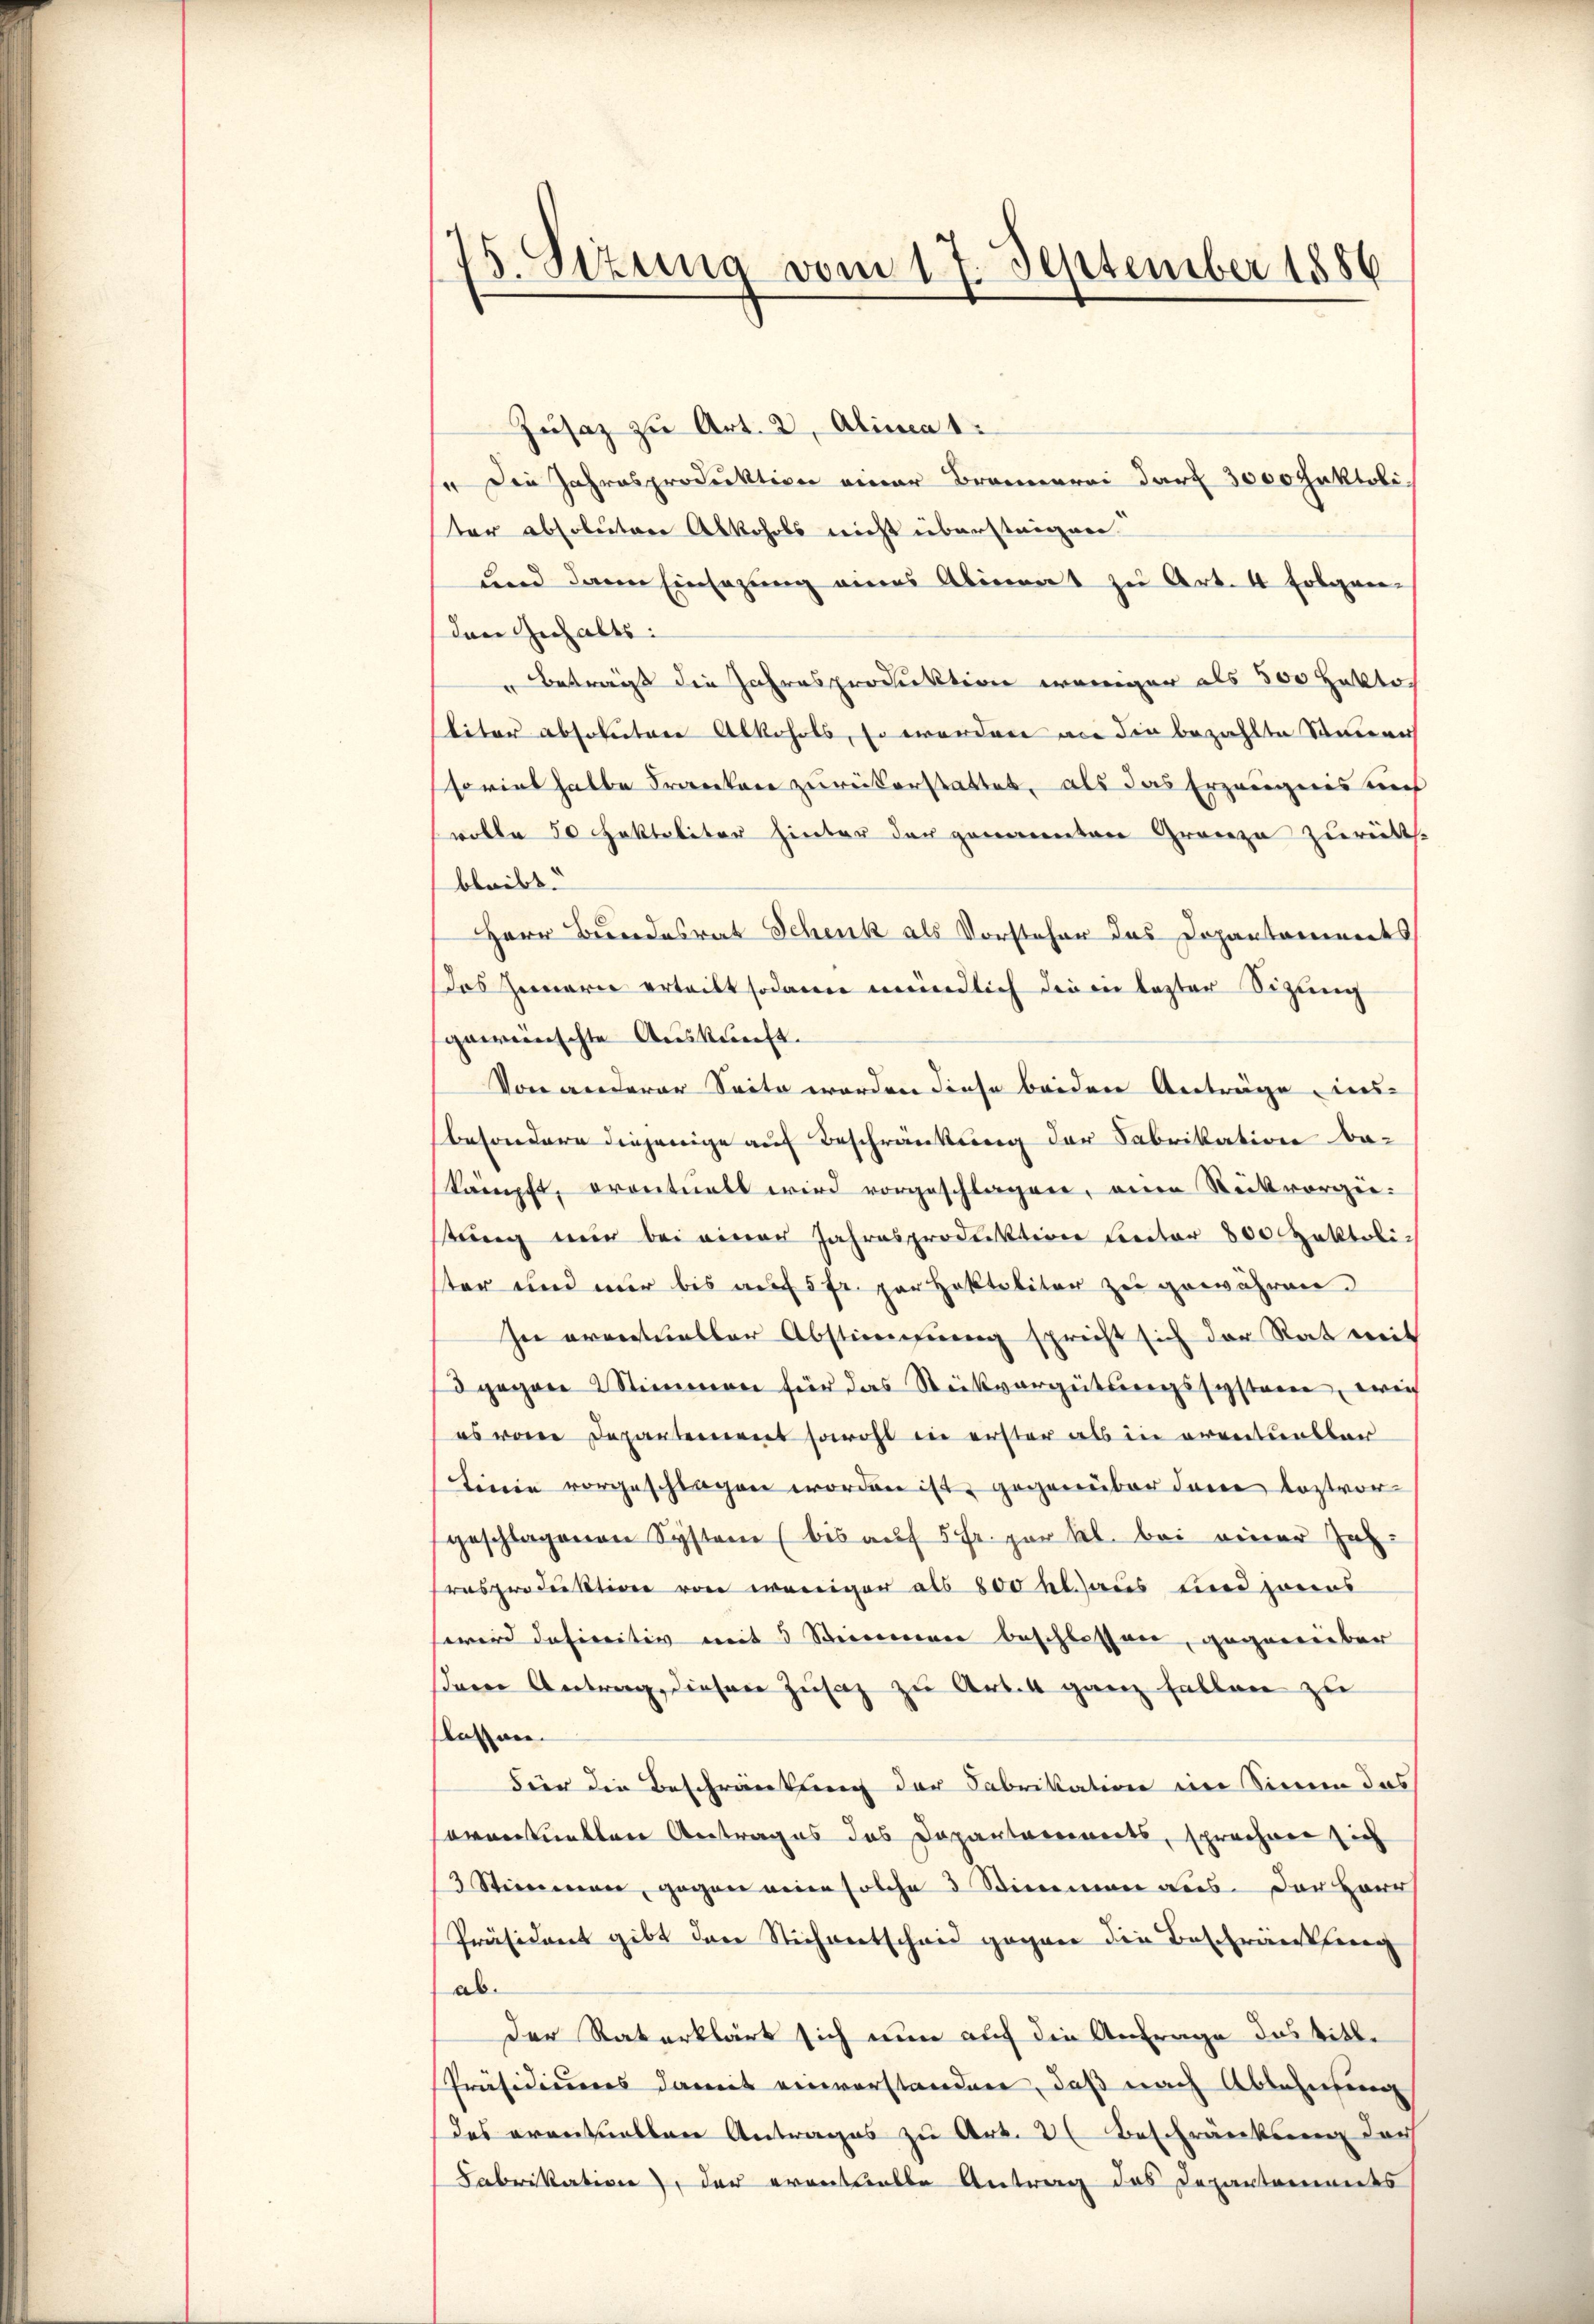
75. Sizung vom 17. September 1886

Zusatz zu Art. 2, Alinea 1.
 Die Jahresproduktion einer Brannerei darf 3000 faktoli
ter absolutere Abkohols nicht überstrigen
und dann Einsezung eines Aliment zu Art. 4 Erbenen-
den Gehalts:
Betrait die Jahresproduktion weniger als 500 Fakto
liter absolutere Alkohols, so wordere vie die bezahlte Steuernh
torial halbe Franken zurückerstattet, als das Erzeugnis uns
wolle 50 Faktaliter hinter der genannten Gränze zurücks
bleibt.
Herr Bundesrat Schenk als Vorsteher das Dopantonendes
das Innern ertritt sodann mündlich die in lezter Sizung
gewünschte Auskunft.
Von anderer Seite werden diese beiden Anträge, ins-
besondere diejenige auf Beschränkung der Fabrikation be-
kämpft, erontualt wird vorgeschlagen, einen Rückvorgen.
tung nur bei einer Jahresproduktion beiter 800 Zaktoliter und nur bis auf 5 fr. per Hektaliter zu gewähren.
In errentueller Abstimmung spricht sich der Rat weit
d gegen Stimmen für das Stückvergütungssysteren, wie
es von Departement sowohl in erster als in erentensbar
Linie vorgeschlagen worden ist, gegenüber den leztvorgeschlagenen Systeme (bis auf 5 Fr. per kl. bei einer Jahrasproduktion von weniger als 800 fl. aus Lied zuers
wird definitiv mit 3 Stimmen beschlossen, gegenüber
sren Antrag, diesen Zusatz zu Art. 4 ganz fallen zu
lassen.
Für die Beschränkung der Fabrikation im Sinne das
onventuellen Antrages das Dopantonenwerts, sprechner sich
3 Stimmen, gegen neien solche 3 Stimmen aus. Der Herr
Präsident gibt der Stichentscheid gegen die Beschränkung
ab.
der Vaterklärt sich nun auf die Anfrage das titl.
Präsidiums damit einverstandner, daß nach Ablehnung
des erentuellen Antrages zu Art. 3 Beschränkung der
Fabrikation der eventuelle Antrag das Departemendes